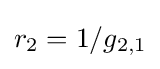
r_{2}=1/g_{2,1}